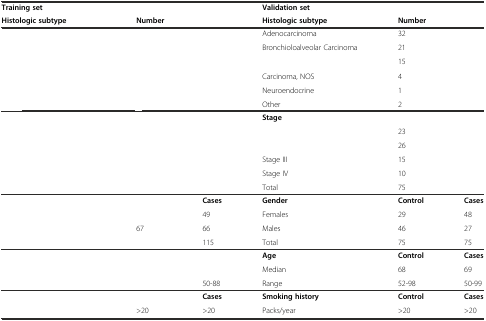
<table><thead><tr><td><b>Training set</b></td><td colspan="2">[EMPTY_CELL]</td><td><b>Validation set</b></td><td colspan="2">[EMPTY_CELL]</td></tr><tr><td><b>Histologic subtype</b></td><td colspan="2"><b>Number</b></td><td><b>Histologic subtype</b></td><td colspan="2"><b>Number</b></td></tr></thead><tbody><tr><td>[EMPTY_CELL]</td><td colspan="2">[EMPTY_CELL]</td><td>Adenocarcinoma</td><td colspan="2">32</td></tr><tr><td>[EMPTY_CELL]</td><td colspan="2">[EMPTY_CELL]</td><td>Bronchioloalveolar Carcinoma</td><td colspan="2">21</td></tr><tr><td>[EMPTY_CELL]</td><td colspan="2">[EMPTY_CELL]</td><td>[EMPTY_CELL]</td><td colspan="2">15</td></tr><tr><td>[EMPTY_CELL]</td><td colspan="2">[EMPTY_CELL]</td><td>Carcinoma, NOS</td><td colspan="2">4</td></tr><tr><td>[EMPTY_CELL]</td><td colspan="2">[EMPTY_CELL]</td><td>Neuroendocrine</td><td colspan="2">1</td></tr><tr><td>[EMPTY_CELL]</td><td colspan="2">[EMPTY_CELL]</td><td>Other</td><td colspan="2">2</td></tr><tr><td>[EMPTY_CELL]</td><td colspan="2">[EMPTY_CELL]</td><td><b>Stage</b></td><td colspan="2">[EMPTY_CELL]</td></tr><tr><td>[EMPTY_CELL]</td><td colspan="2">[EMPTY_CELL]</td><td>[EMPTY_CELL]</td><td colspan="2">23</td></tr><tr><td>[EMPTY_CELL]</td><td colspan="2">[EMPTY_CELL]</td><td>[EMPTY_CELL]</td><td colspan="2">26</td></tr><tr><td>[EMPTY_CELL]</td><td colspan="2">[EMPTY_CELL]</td><td>Stage III</td><td colspan="2">15</td></tr><tr><td>[EMPTY_CELL]</td><td colspan="2">[EMPTY_CELL]</td><td>Stage IV</td><td colspan="2">10</td></tr><tr><td>[EMPTY_CELL]</td><td colspan="2">[EMPTY_CELL]</td><td>Total</td><td colspan="2">75</td></tr><tr><td>[EMPTY_CELL]</td><td>[EMPTY_CELL]</td><td><b>Cases</b></td><td><b>Gender</b></td><td><b>Control</b></td><td><b>Cases</b></td></tr><tr><td>[EMPTY_CELL]</td><td>[EMPTY_CELL]</td><td>49</td><td>Females</td><td>29</td><td>48</td></tr><tr><td>[EMPTY_CELL]</td><td>67</td><td>66</td><td>Males</td><td>46</td><td>27</td></tr><tr><td>[EMPTY_CELL]</td><td>[EMPTY_CELL]</td><td>115</td><td>Total</td><td>75</td><td>75</td></tr><tr><td>[EMPTY_CELL]</td><td>[EMPTY_CELL]</td><td>[EMPTY_CELL]</td><td><b>Age</b></td><td><b>Control</b></td><td><b>Cases</b></td></tr><tr><td>[EMPTY_CELL]</td><td>[EMPTY_CELL]</td><td>[EMPTY_CELL]</td><td>Median</td><td>68</td><td>69</td></tr><tr><td>[EMPTY_CELL]</td><td>[EMPTY_CELL]</td><td>50-88</td><td>Range</td><td>52-98</td><td>50-99</td></tr><tr><td>[EMPTY_CELL]</td><td>[EMPTY_CELL]</td><td><b>Cases</b></td><td><b>Smoking history</b></td><td><b>Control</b></td><td><b>Cases</b></td></tr><tr><td>[EMPTY_CELL]</td><td>&gt;20</td><td>&gt;20</td><td>Packs/year</td><td>&gt;20</td><td>&gt;20</td></tr></tbody></table>